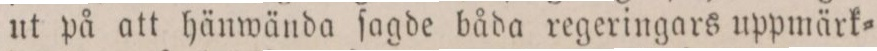
ut på att hänwända ſagde båda regeringars uppmärk=